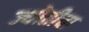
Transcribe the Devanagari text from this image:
ज्योतीचा